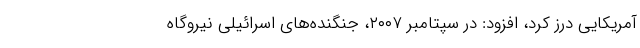
آمریکایی درز کرد، افزود: در سپتامبر ۲۰۰۷، جنگنده‌های اسرائیلی نیروگاه